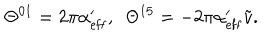
LaTeX: \Theta ^ { 0 1 } = 2 \pi \alpha _ { \mathrm { e f f } } ^ { \prime } , \ \ \Theta ^ { 1 5 } = - 2 \pi \alpha _ { \mathrm { e f f } } ^ { \prime } \tilde { v } .